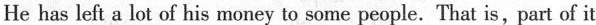
He has left a lot of his money to some people.That is, part of it